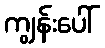
ကျွန်းပေါ်